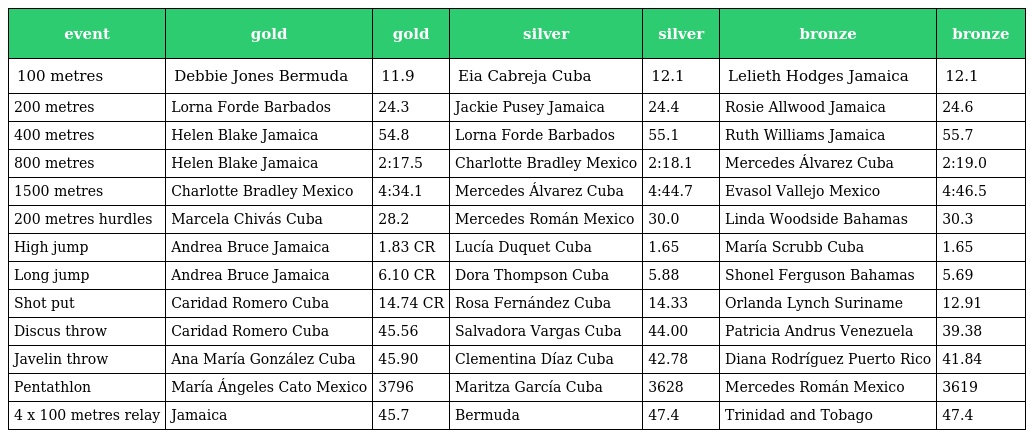
| event | gold | gold | silver | silver | bronze | bronze |
 | --- | --- | --- | --- | --- | --- | --- |
 | 100 metres | Debbie Jones Bermuda | 11.9 | Eia Cabreja Cuba | 12.1 | Lelieth Hodges Jamaica | 12.1 |
 | 200 metres | Lorna Forde Barbados | 24.3 | Jackie Pusey Jamaica | 24.4 | Rosie Allwood Jamaica | 24.6 |
 | 400 metres | Helen Blake Jamaica | 54.8 | Lorna Forde Barbados | 55.1 | Ruth Williams Jamaica | 55.7 |
 | 800 metres | Helen Blake Jamaica | 2:17.5 | Charlotte Bradley Mexico | 2:18.1 | Mercedes Álvarez Cuba | 2:19.0 |
 | 1500 metres | Charlotte Bradley Mexico | 4:34.1 | Mercedes Álvarez Cuba | 4:44.7 | Evasol Vallejo Mexico | 4:46.5 |
 | 200 metres hurdles | Marcela Chivás Cuba | 28.2 | Mercedes Román Mexico | 30.0 | Linda Woodside Bahamas | 30.3 |
 | High jump | Andrea Bruce Jamaica | 1.83 CR | Lucía Duquet Cuba | 1.65 | María Scrubb Cuba | 1.65 |
 | Long jump | Andrea Bruce Jamaica | 6.10 CR | Dora Thompson Cuba | 5.88 | Shonel Ferguson Bahamas | 5.69 |
 | Shot put | Caridad Romero Cuba | 14.74 CR | Rosa Fernández Cuba | 14.33 | Orlanda Lynch Suriname | 12.91 |
 | Discus throw | Caridad Romero Cuba | 45.56 | Salvadora Vargas Cuba | 44.00 | Patricia Andrus Venezuela | 39.38 |
 | Javelin throw | Ana María González Cuba | 45.90 | Clementina Díaz Cuba | 42.78 | Diana Rodríguez Puerto Rico | 41.84 |
 | Pentathlon | María Ángeles Cato Mexico | 3796 | Maritza García Cuba | 3628 | Mercedes Román Mexico | 3619 |
 | 4 x 100 metres relay | Jamaica | 45.7 | Bermuda | 47.4 | Trinidad and Tobago | 47.4 |